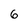
Character: 6